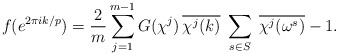
\begin{align*}f(e^{2\pi ik/p})=\frac{2}{m}\sum_{j=1}^{m-1}G(\chi^j)\,\overline{\chi^j(k)}\;\sum_{s\in S}\;\overline{\chi^j(\omega^s)}-1.\end{align*}